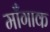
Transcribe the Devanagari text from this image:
माँगाक